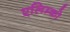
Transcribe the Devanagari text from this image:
एलिम्को